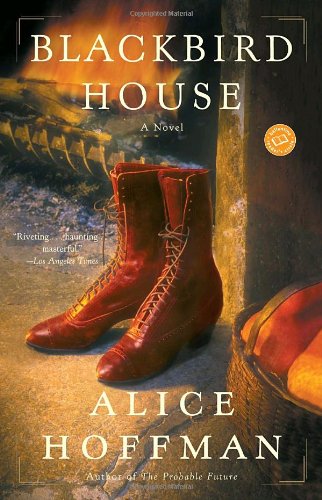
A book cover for Blackbird House: A Novel (Ballantine Reader's Circle); Alice Hoffman; Science Fiction & Fantasy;